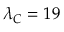
\lambda _ { C } = 1 9